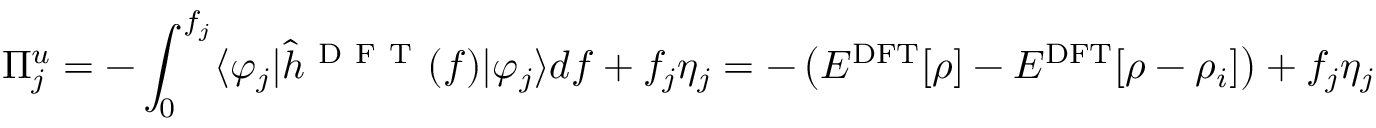
\Pi _ { j } ^ { u } = - \int _ { 0 } ^ { f _ { j } } \langle \varphi _ { j } \rvert \hat { h } ^ { \mathrm { ~ D ~ F ~ T ~ } } ( f ) \lvert \varphi _ { j } \rangle d f + f _ { j } \eta _ { j } = - \left( E ^ { \mathrm { D F T } } [ \rho ] - E ^ { \mathrm { D F T } } [ \rho - \rho _ { i } ] \right) + f _ { j } \eta _ { j }